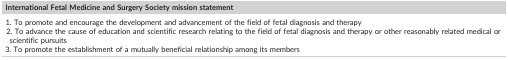
| International Fetal Medicine and Surgery Society mission statement |
 | --- |
 | 1. To promote and encourage the development and advancement of the field of fetal diagnosis and therapy2. To advance the cause of education and scientific research relating to the field of fetal diagnosis and therapy or other reasonably related medical or scientific pursuits3. To promote the establishment of a mutually beneficial relationship among its members |